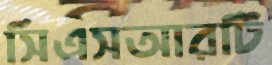
সিএসআরটি